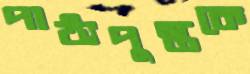
পাঠ্যপুস্তকে